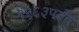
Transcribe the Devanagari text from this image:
१९६३पर्यंत